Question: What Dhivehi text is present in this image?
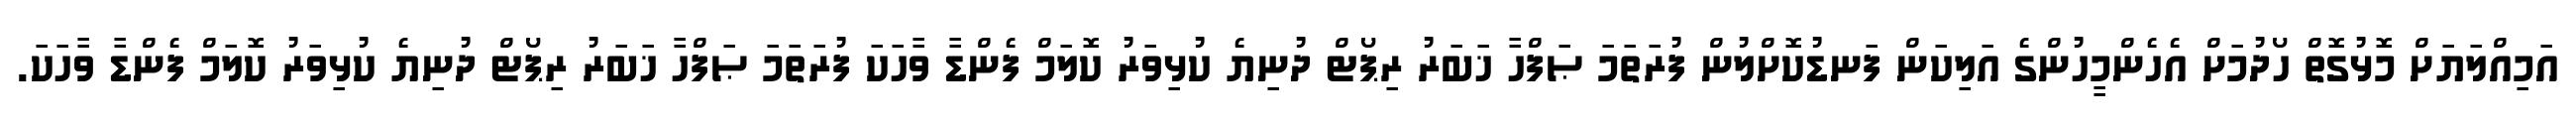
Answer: އަމިއްލަޔަށް މޮޅުގޮތް ހޯދުމަށް އެހެންމީހުންގެ އަލިކަން ފަނޑުކޮށްލުން ފުރަތަމަ ޞަފްހާ ޚަބަރު ރިޕޯޓް ދުނިޔެ ކުޅިވަރު ކޮލަމް ފެންޑާ ވާހަކަ ފުރަތަމަ ޞަފްހާ ޚަބަރު ރިޕޯޓް ދުނިޔެ ކުޅިވަރު ކޮލަމް ފެންޑާ ވާހަކަ.